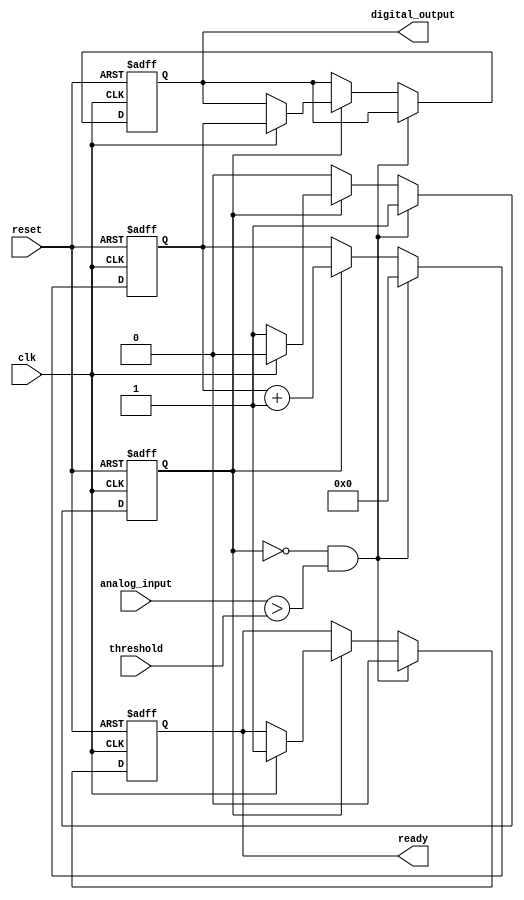
module ATDC (
    input wire clk,                // High-frequency clock
    input wire reset,              // System reset
    input wire analog_input,       // Analog input signal (to be treated as binary for simplicity)
    input wire threshold,          // Analog threshold input (to be treated as binary for simplicity)
    output reg [15:0] digital_output, // Digital output representing measured time
    output reg ready               // Signal indicating that the output is valid
);

    reg [15:0] counter;            // Counter for measuring time
    reg measuring;                 // State flag to indicate measuring is in progress

    // State machine logic
    always @(posedge clk or posedge reset) begin
        if (reset) begin
            counter <= 16'b0;         // Reset counter
            digital_output <= 16'b0;  // Reset digital output
            ready <= 1'b0;            // Output is initially not ready
            measuring <= 1'b0;        // Not measuring
        end else begin
            if (!measuring && (analog_input > threshold)) begin
                // Start measuring when the analog input exceeds threshold
                counter <= 16'b0;     // Initialize counter
                measuring <= 1'b1;    // Set measuring flag
                ready <= 1'b0;        // Output not ready
            end else if (measuring) begin
                counter <= counter + 1; // Increment counter

                // Assuming next clock edge signifies end of measurement
                // Here we could implement another condition to stop measuring
                // For simplification, we're stopping on the next clock edge
                if (clk) begin
                    digital_output <= counter; // Latch the counter value to output
                    ready <= 1'b1;              // Indicate output is ready
                    measuring <= 1'b0;          // Reset measuring flag
                end
            end
        end
    end
endmodule